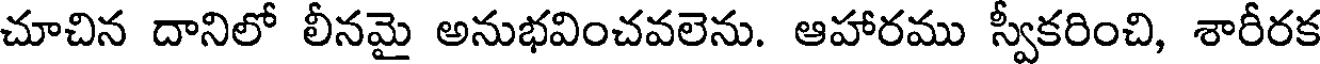
చూచిన దానిలో లీనమై అనుభవించవలెను. ఆహారము స్వీకరించి, శారీరక